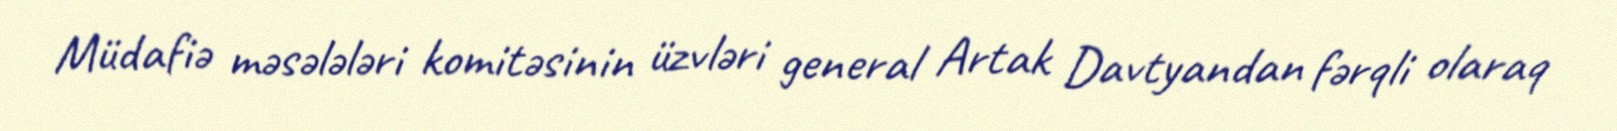
Müdafiə məsələləri komitəsinin üzvləri general Artak Davtyandan fərqli olaraq